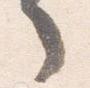
々